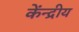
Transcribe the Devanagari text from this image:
केंन्‍द्रीय